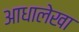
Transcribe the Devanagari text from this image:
आधालेखा